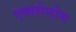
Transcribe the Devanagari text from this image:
एक्सोसोम